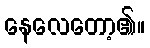
နေလေတော့၏။